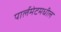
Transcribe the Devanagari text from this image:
पार्लमेटमधील